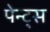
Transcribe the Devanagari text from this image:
पेन्ट्‌स